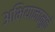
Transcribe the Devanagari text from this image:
अभियानामुळे